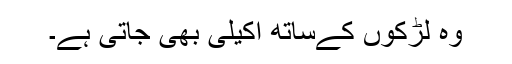
وہ لڑکوں کےساتھ اکیلی بھی جاتی ہے۔